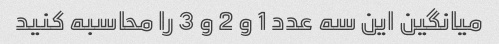
میانگین این سه عدد 1 و 2 و 3 را محاسبه کنید